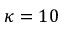
\kappa = 1 0